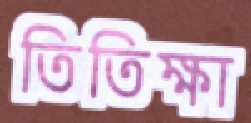
তিতিক্ষা